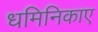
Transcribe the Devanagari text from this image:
धमिनिकाए